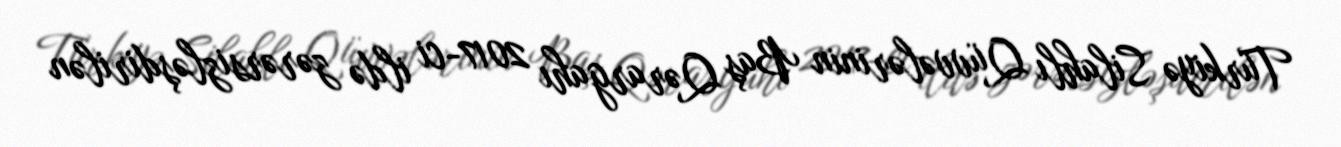
Türkiyə Silahlı Qüvvələrinin Baş Qərargahı 2017-ci ildə zərərsizləşdirilən